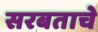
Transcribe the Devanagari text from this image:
सरबताचे